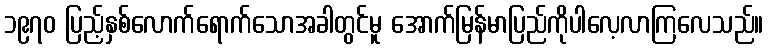
၁၉၇၀ ပြည့်နှစ်လောက်ရောက်သောအခါတွင်မူ အောက်မြန်မာပြည်ကိုပါလေ့လာကြလေသည်။